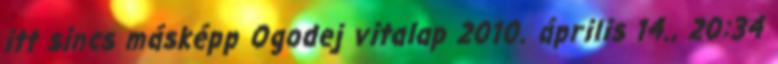
itt sincs másképp Ogodej vitalap 2010. április 14., 20:34